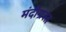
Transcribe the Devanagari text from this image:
मंदीग्रस्त